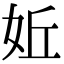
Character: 㚱